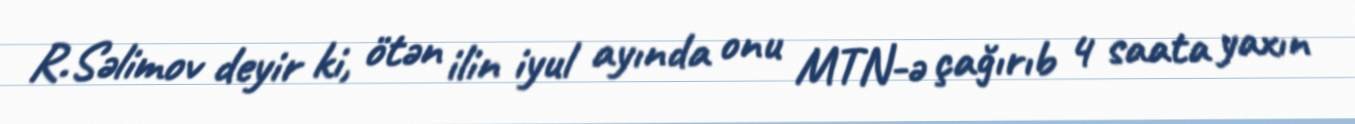
R.Səlimov deyir ki, ötən ilin iyul ayında onu MTN-ə çağırıb 4 saata yaxın